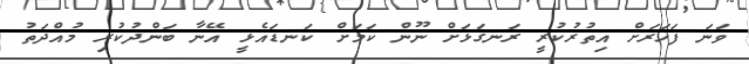
ވަނަ ފަހަރަށް އިތުރުކުރީ ރަނގަޅަށް ނޫން ކަމަށް ކަނޑައެޅީ އޭނާ ބަންދުކުރި މުއްދަތު